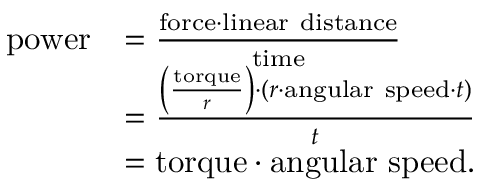
{ \begin{array} { r l } { { \mathrm { p o w e r } } } & { = { \frac { { \mathrm { f o r c e } } \cdot { \mathrm { l i n e a r ~ d i s t a n c e } } } { \mathrm { t i m e } } } } \\ & { = { \frac { \left( { \frac { \mathrm { t o r q u e } } { r } } \right) \cdot ( r \cdot { \mathrm { a n g u l a r ~ s p e e d } } \cdot t ) } { t } } } \\ & { = { \mathrm { t o r q u e } } \cdot { \mathrm { a n g u l a r ~ s p e e d } } . } \end{array} }